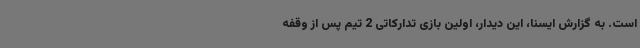
است. به گزارش ایسنا، این دیدار، اولین بازی تدارکاتی 2 تیم پس از وقفه